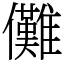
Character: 儺